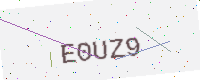
Text: E0UZ9